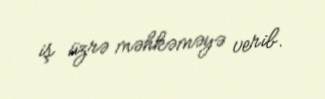
iş üzrə məhkəməyə verib.